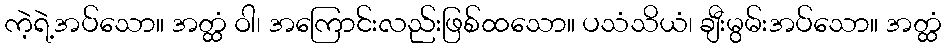
ကဲ့ရဲ့အပ်သော။ အတ္ထံ ဝါ၊ အကြောင်းလည်းဖြစ်ထသော။ ပသံသိယံ၊ ချီးမွမ်းအပ်သော။ အတ္ထံ